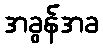
အခွန်အခ